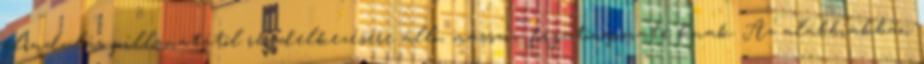
elindulás pillanatától rendelkezésére álló, masszív forgatónyomaté knak. Az alábbiakban